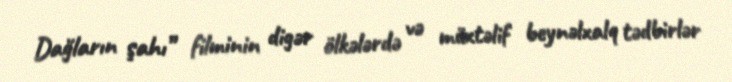
Dağların şahı” filminin digər ölkələrdə və müxtəlif beynəlxalq tədbirlər